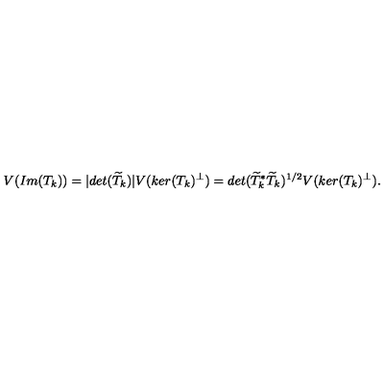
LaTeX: V ( I m ( T _ { k } ) ) = | d e t ( \widetilde { T } _ { k } ) | V ( k e r ( T _ { k } ) ^ { \perp } ) = d e t ( \widetilde { T } _ { k } ^ { * } \widetilde { T } _ { k } ) ^ { 1 / 2 } V ( k e r ( T _ { k } ) ^ { \perp } ) .